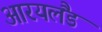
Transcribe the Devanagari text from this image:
आरयलैंड